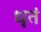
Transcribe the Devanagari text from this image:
धृतं